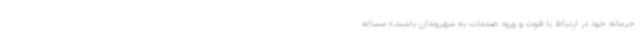
جرمانه خود در ارتباط با فوت و ورود صدمات به شهروندان باشند.» مساله